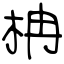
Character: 柟